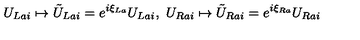
U _ { L a i } \mapsto \tilde { U } _ { L a i } = e ^ { i \xi _ { L a } } U _ { L a i } , \ U _ { R a i } \mapsto \tilde { U } _ { R a i } = e ^ { i \xi _ { R a } } U _ { R a i }